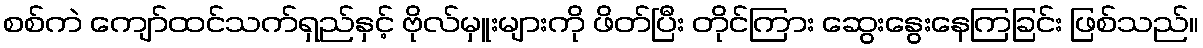
စစ်ကဲ ကျော်ထင်သက်ရှည်နှင့် ဗိုလ်မှူးများကို ဖိတ်ပြီး တိုင်ကြား ဆွေးနွေးနေကြခြင်း ဖြစ်သည်။